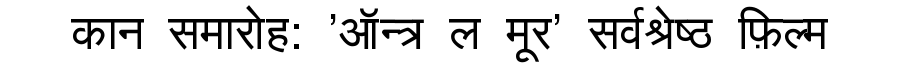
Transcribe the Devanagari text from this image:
कान समारोह: 'ऑन्त्र ल मूर' सर्वश्रेष्ठ फ़िल्म